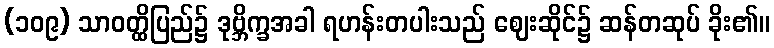
(၁၀၉) သာဝတ္ထိပြည်၌ ဒုဗ္ဘိက္ခအခါ ရဟန်းတပါးသည် ဈေးဆိုင်၌ ဆန်တဆုပ် ခိုး၏။